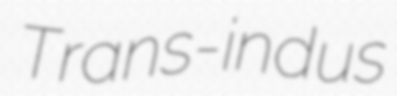
Trans-indus